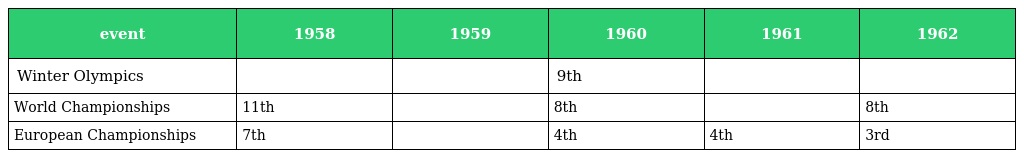
| event | 1958 | 1959 | 1960 | 1961 | 1962 |
 | --- | --- | --- | --- | --- | --- |
 | Winter Olympics |  |  | 9th |  |  |
 | World Championships | 11th |  | 8th |  | 8th |
 | European Championships | 7th |  | 4th | 4th | 3rd |